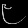
Digit: ၉